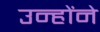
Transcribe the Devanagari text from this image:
उन्होंने